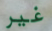
غير